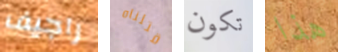
راجيف قتلناه تكون هذا